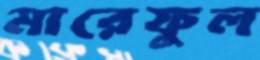
মারেফুল